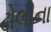
ઢોલીના